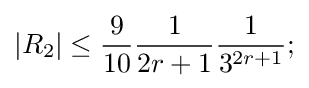
|R_{2}|\leq {\frac {9}{10}}{\frac {1}{2r+1}}{\frac {1}{3^{2r+1}}};